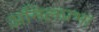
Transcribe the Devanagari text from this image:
अनिलप्रभा